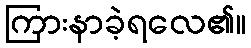
ကြားနာခဲ့ရလေ၏။